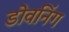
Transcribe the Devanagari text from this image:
डोवनिंग